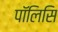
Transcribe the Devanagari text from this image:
पॉलिसि